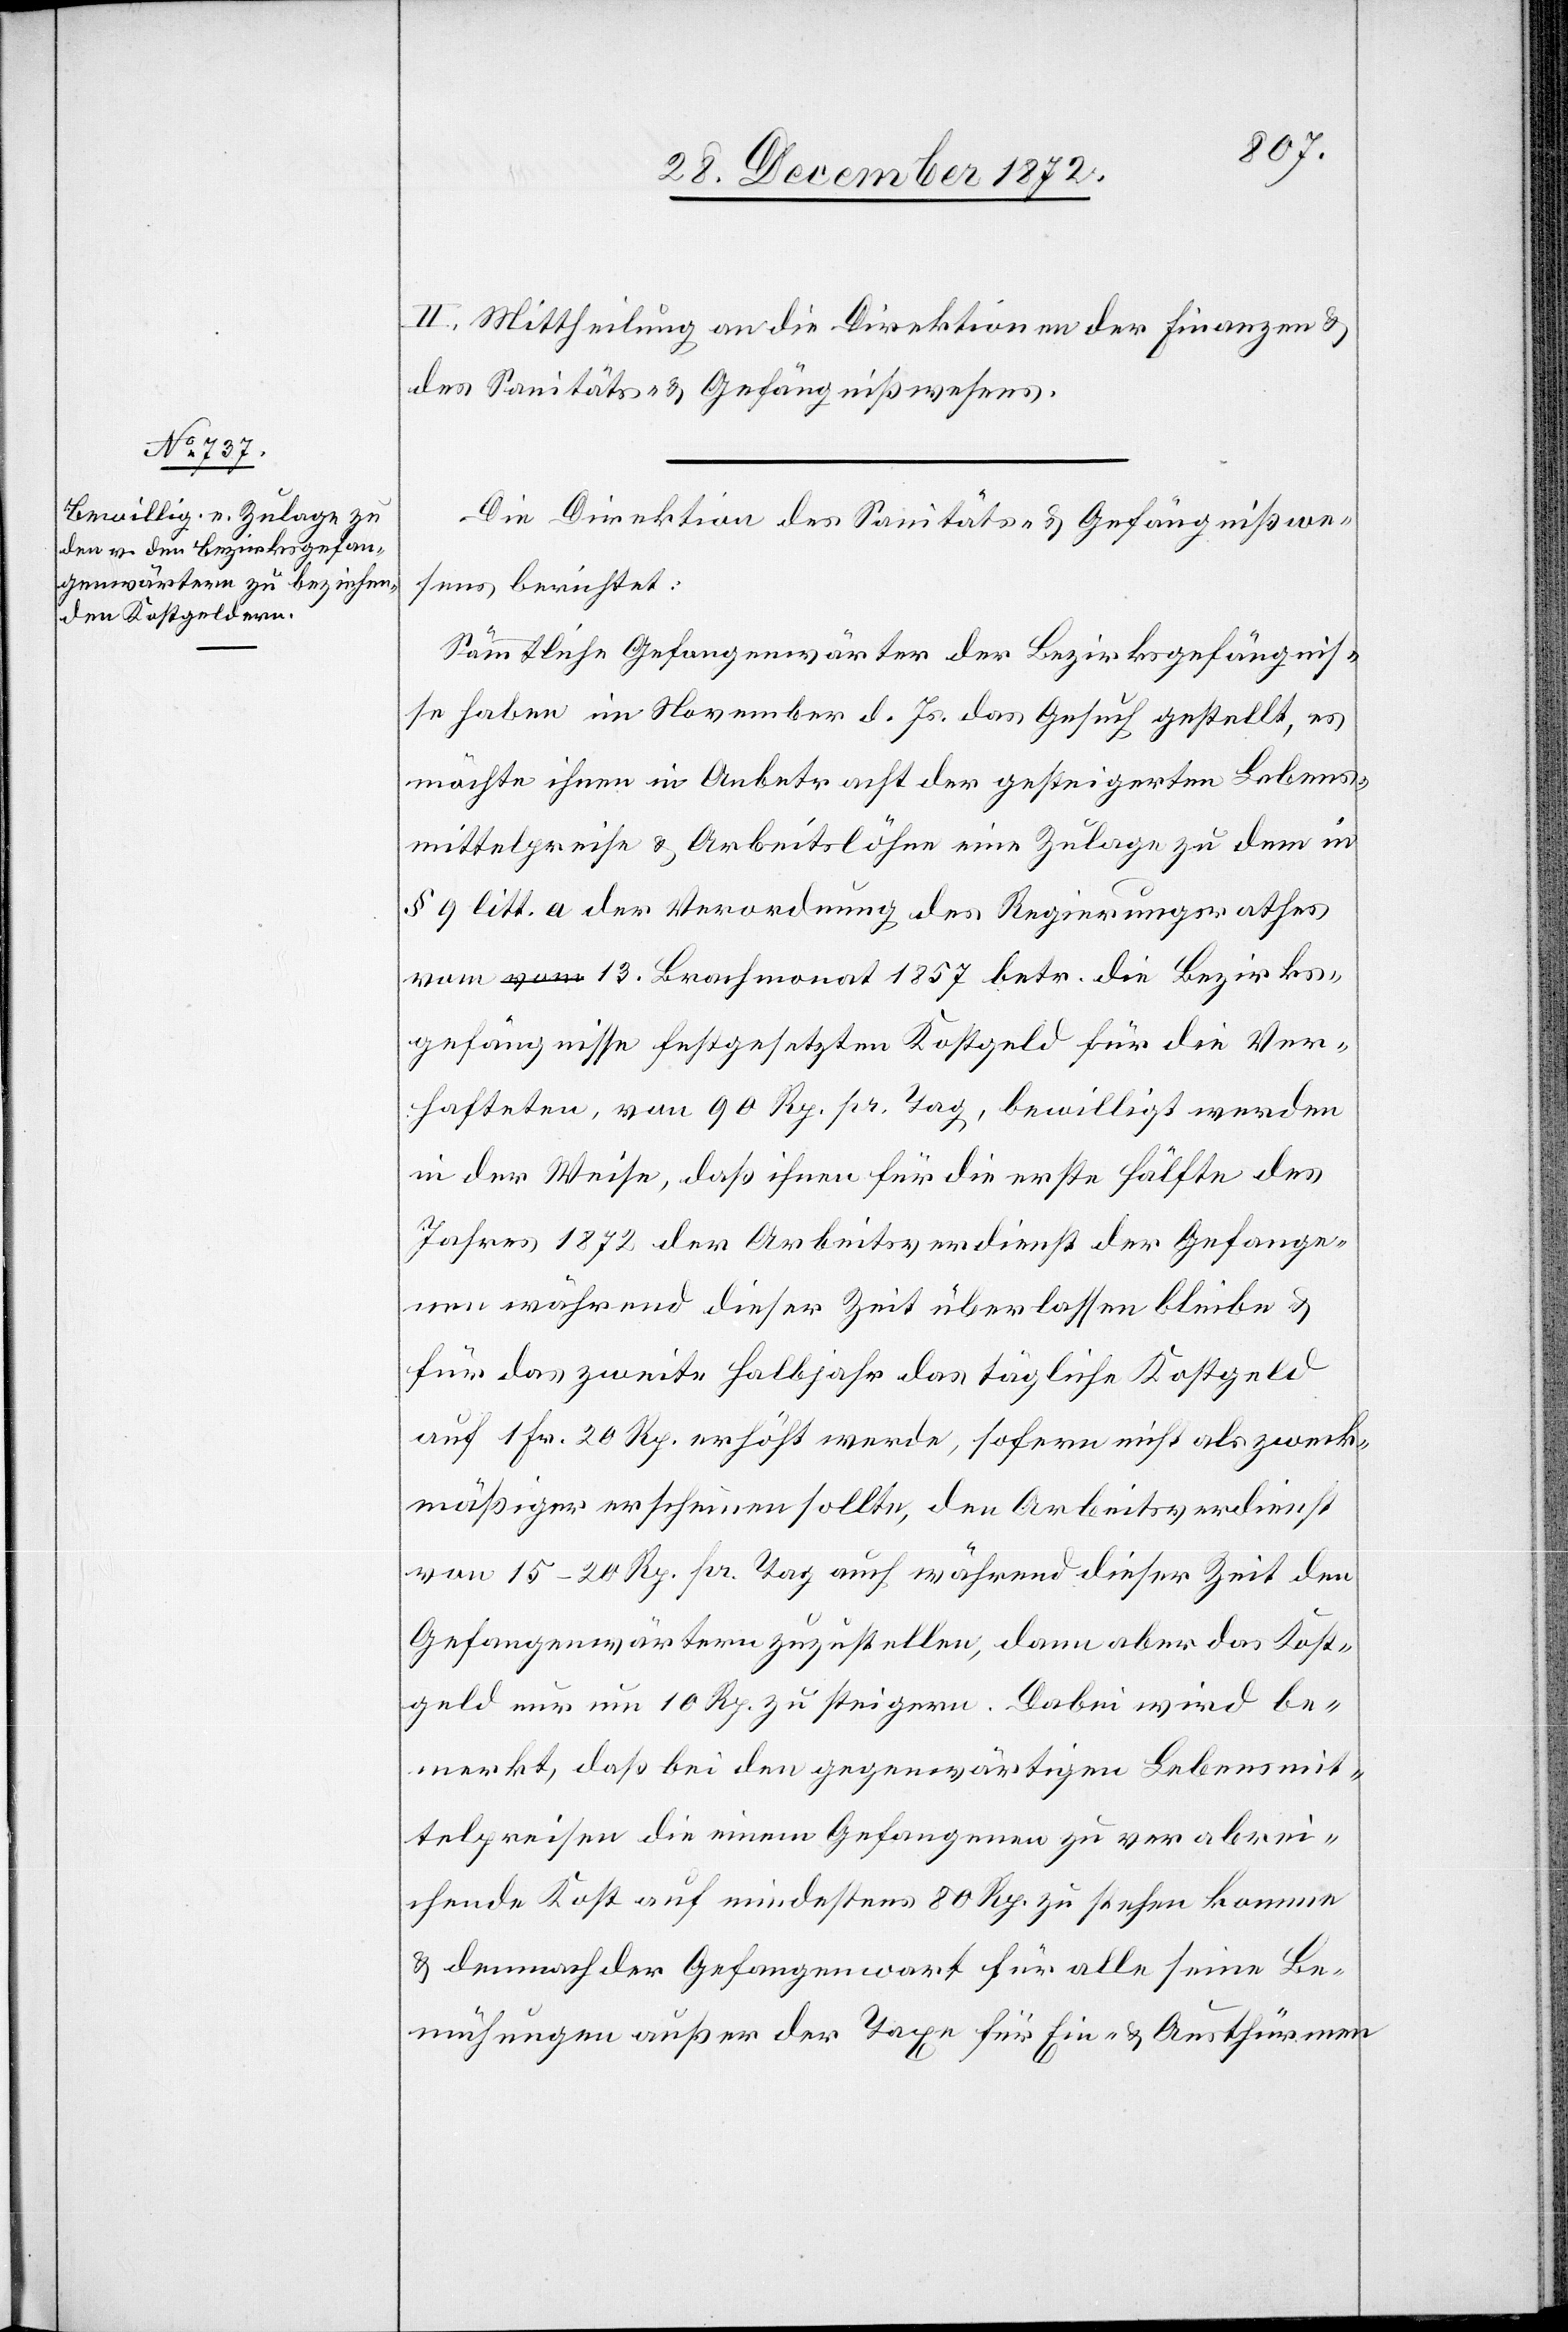
II. Mittheilung an die Direktionen der Finanzen u.
des Sanitäts- u. Gefängnißwesens.
Die Direktion des Sanitäts- u. Gefängnißwe¬
sens berichtet:
Sämmtliche Gefangenwärter der Bezirksgefängnis¬
se haben im November d. Js. das Gesuch gestellt, es
möchte ihnen in Anbetracht der gesteigerten Lebens¬
mittelpreise u. Arbeitslöhne eine Zulage zu dem in
§ 9 litt. a der Verordnung des Regierungsrathes
vom 13. Brachmonat 1857 betr. die Bezirks¬
gefängnisse festgesetzten Kostgeld für die Ver¬
hafteten, von 90 Rp. pr. Tag, bewilligt werden
in der Weise, daß ihnen für die erste Hälfte des
Jahres 1872 der Arbeitsverdienst der Gefange¬
nen während dieser Zeit überlassen bleibe u.
für das zweite Halbjahr das tägliche Kostgeld
auf 1 Fr. 20 Rp. erhöht werde, sofern nicht als zweck¬
mäßiger erscheinen sollte, den Arbeitsverdienst
von 15–20 Rp. pr. Tag auch während dieser Zeit den
Gefangenwärtern zuzustellen, dann aber das Kost¬
geld nur um 10 Rp. zu steigern. Dabei wird be¬
merkt, daß bei den gegenwärtigen Lebensmit¬
telpreisen die einem Gefangenen zu verabrei¬
chende Kost auf mindestens 80 Rp. zu stehen komme
u. demnach der Gefangenwart für alle seine Be¬
mühungen außer der Taxe für Ein- u. Austhürmen